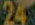
24